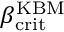
\beta _ { \mathrm { c r i t } } ^ { \mathrm { K B M } }